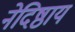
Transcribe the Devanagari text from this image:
नेदिष्ठाय